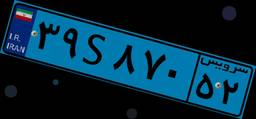
۹۴S۵۶۳۵۴